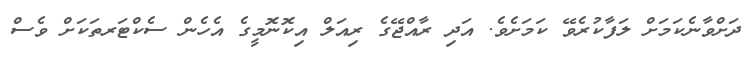
ދަށްވާނެކަމަށް ލަފާކުރެވޭ ކަމަށެވެ. އަދި ރާއްޖޭގެ ރިއަލް އިކޮނޮމީގެ އެހެން ސެކްޓަރތަކަށް ވެސް